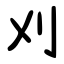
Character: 刈